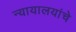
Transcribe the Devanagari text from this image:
न्यायालयांचे